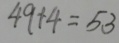
4 9 + 4 = 5 3